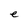
Character: e